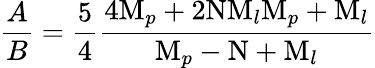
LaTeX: {\frac{A}{B}}={\frac{5}{4}}{\frac{4\mathrm{M}_{p}+2\mathrm{N}\mathrm{M}_{l}\mathrm{M}_{p}+\mathrm{M}_{l}}{\mathrm{M}_{p}-\mathrm{N}+\mathrm{M}_{l}}}